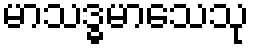
မာသဒ္ဓမာသေသု